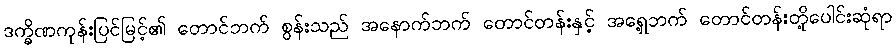
ဒက္ခိဏကုန်းပြင်မြင့်၏ တောင်ဘက် စွန်းသည် အနောက်ဘက် တောင်တန်းနှင့် အရှေ့ဘက် တောင်တန်းတို့ပေါင်းဆုံရာ